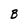
Character: B